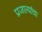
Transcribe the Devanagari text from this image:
प्रजात्यांचा